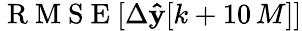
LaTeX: \mathrm{~R~M~S~E~}[\Delta\mathbf{\hat{y}}[k+10\, M]]